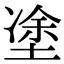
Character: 𡍼